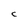
Character: C